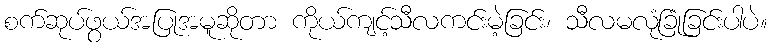
စက်ဆုပ်ဖွယ်အပြုအမူဆိုတာ ကိုယ်ကျင့်သီလကင်းမဲ့ခြင်း၊ သီလမလုံခြုံခြင်းပါပဲ။